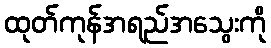
ထုတ်ကုန်အရည်အသွေးကို